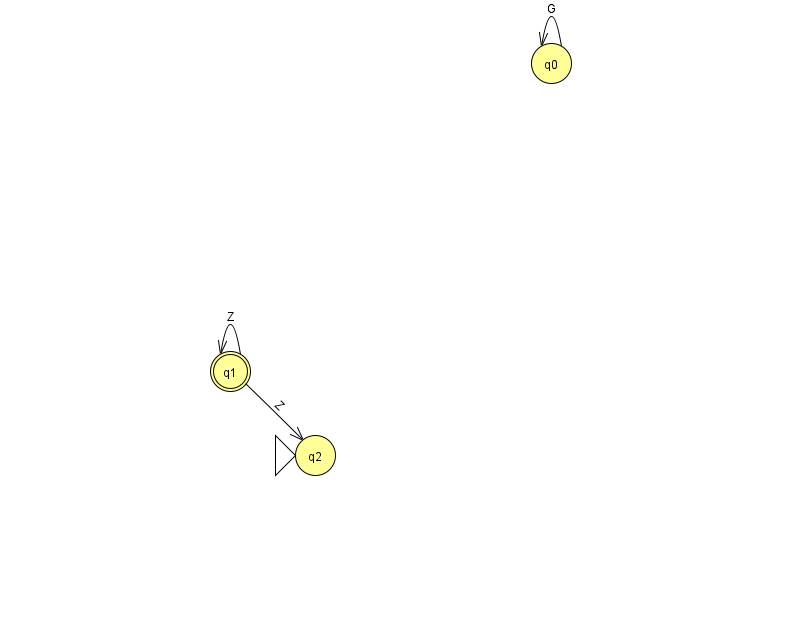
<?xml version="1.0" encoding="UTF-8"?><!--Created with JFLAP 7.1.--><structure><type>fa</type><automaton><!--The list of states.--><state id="0" name="q0"><x>551.0</x><y>50.0</y></state><state id="1" name="q1"><x>230.0</x><y>358.0</y><final/></state><state id="2" name="q2"><x>315.0</x><y>442.0</y><initial/></state><!--The list of transitions.--><transition><from>1</from><to>2</to><read>Z</read></transition><transition><from>0</from><to>0</to><read>G</read></transition><transition><from>1</from><to>1</to><read>Z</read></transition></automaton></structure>